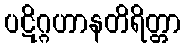
ပဋိဂ္ဂဟာနတိရိတ္တာ